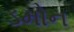
ડમોન